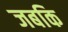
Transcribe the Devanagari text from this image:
जबकि